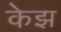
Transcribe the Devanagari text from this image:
केझ